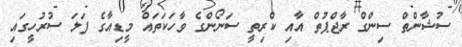
ސުޝާންތް ސިންގް ރާޖްޕުތް އާއި ކްރިތީ ސަނޯންގެ ވާހަކަތައް މީޑިއާގެ ފަލަ ސުރުހީގައި